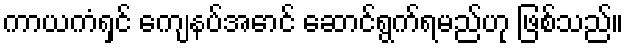
ကာယကံရှင် ကျေနပ်အောင် ဆောင်ရွက်ရမည်ဟု ဖြစ်သည်။